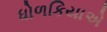
ધોળકિયાએ